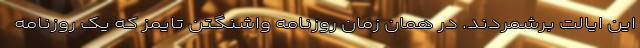
این ایالت برشمردند. در همان زمان روزنامه واشنگتن تایمز که یک روزنامه